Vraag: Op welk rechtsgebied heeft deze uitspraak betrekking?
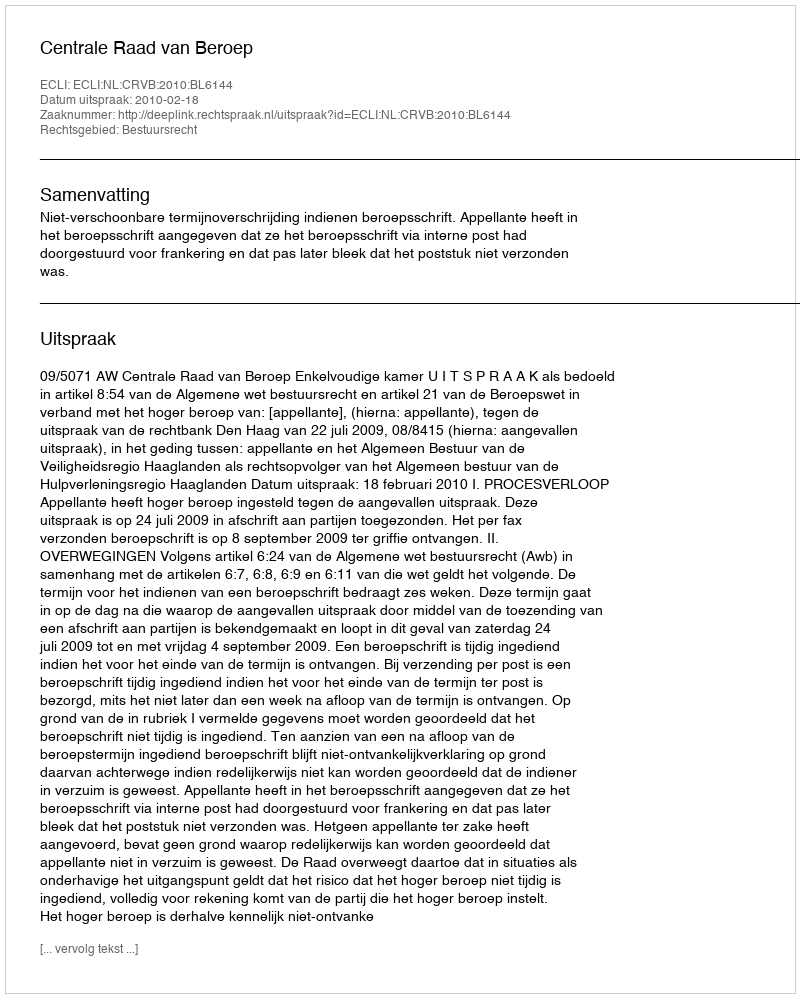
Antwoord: Bestuursrecht